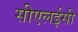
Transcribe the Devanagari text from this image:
सीएलईसी